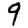
Digit: 9